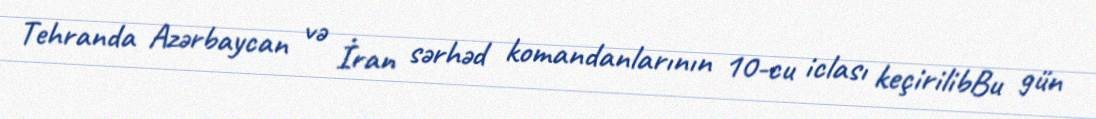
Tehranda Azərbaycan və İran sərhəd komandanlarının 10-cu iclası keçirilibBu gün